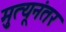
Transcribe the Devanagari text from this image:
मृुत्यूनंतर